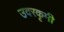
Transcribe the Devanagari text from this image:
उदरकृमी